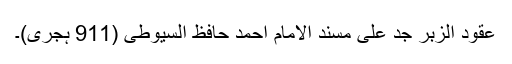
عقود الزبر جد علی مسند الامام احمد حافظ السیوطی (911 ہجری)۔